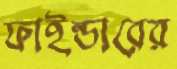
ফাইন্ডারের